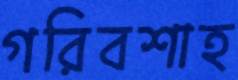
গরিবশাহ